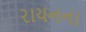
રાયનના